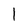
Character: 1